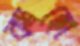
কাহো